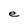
Character: e